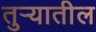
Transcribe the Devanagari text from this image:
तुर्‍यातील